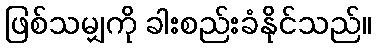
ဖြစ်သမျှကို ခါးစည်းခံနိုင်သည်။